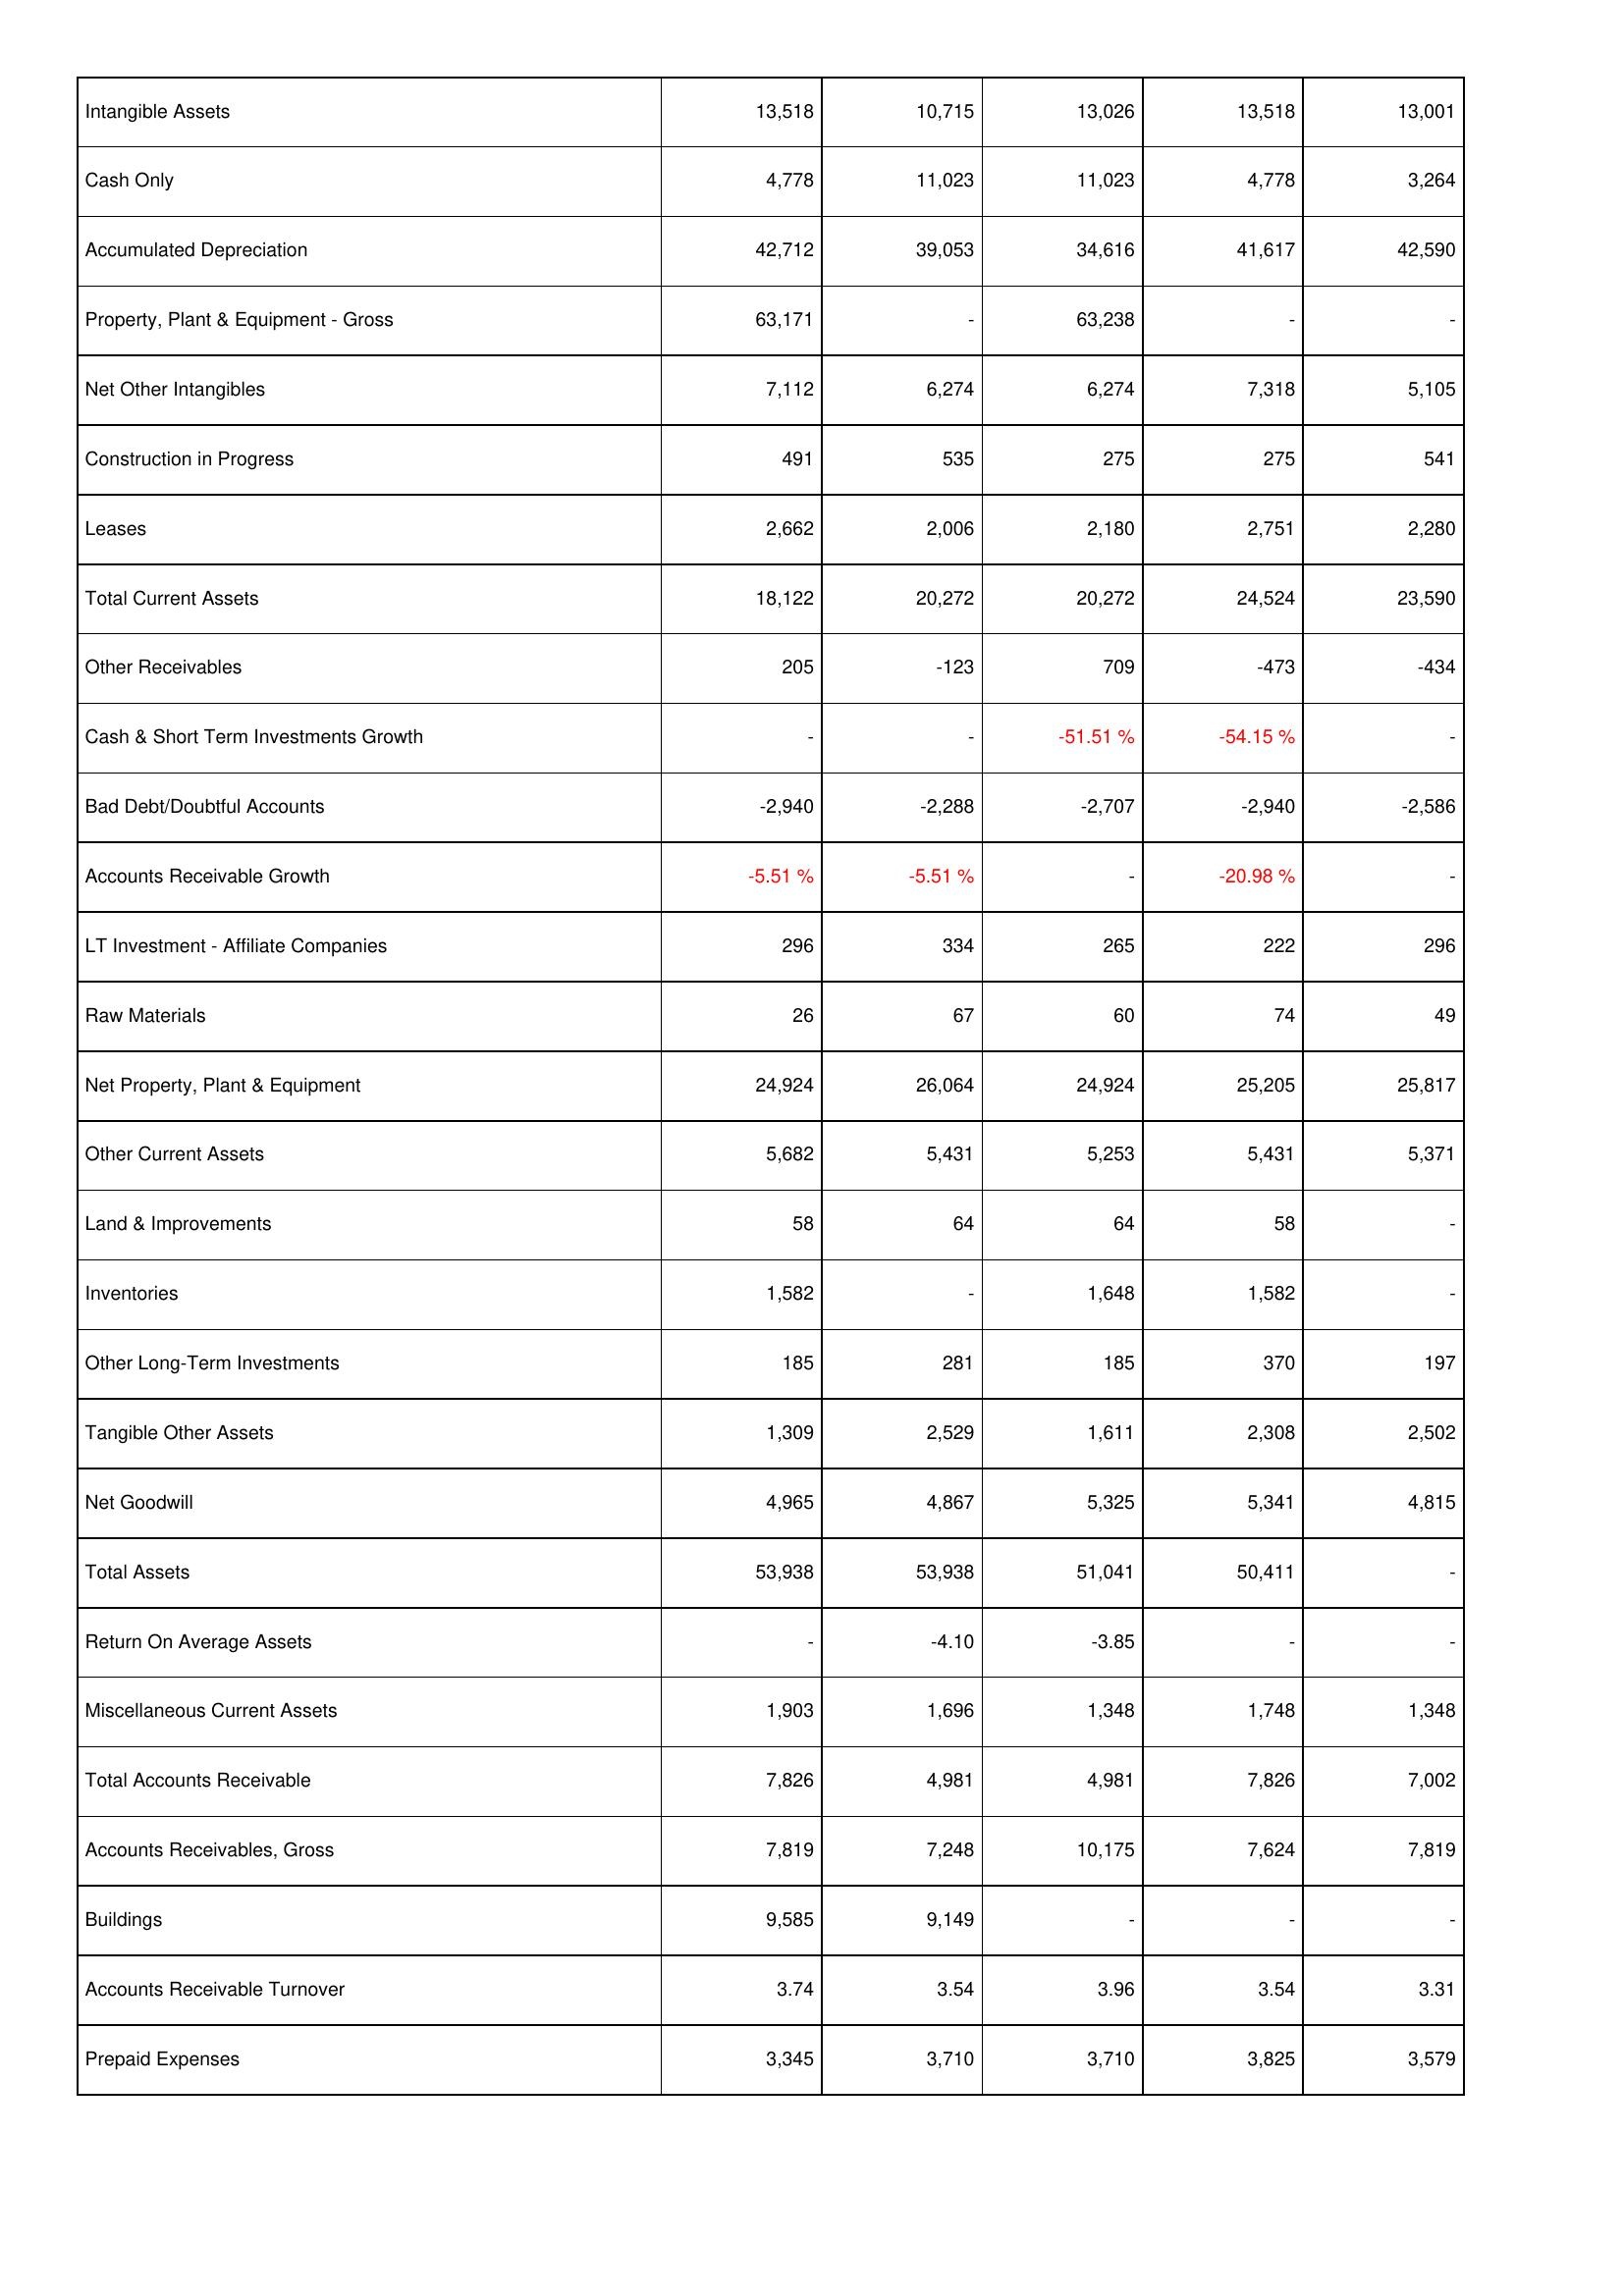
2010: Assets: Intangible Assets: 13,518
Cash Only: 4,778
Accumulated Depreciation: 42,712
Property, Plant & Equipment - Gross: 63,171
Net Other Intangibles: 7,112
Construction in Progress: 491
Leases: 2,662
Total Current Assets: 18,122
Other Receivables: 205
Cash & Short Term Investments Growth: -
Bad Debt/Doubtful Accounts: -2,940
Accounts Receivable Growth: -5.51 %
LT Investment - Affiliate Companies: 296
Raw Materials: 26
Net Property, Plant & Equipment: 24,924
Other Current Assets: 5,682
Land & Improvements: 58
Inventories: 1,582
Other Long-Term Investments: 185
Tangible Other Assets: 1,309
Net Goodwill: 4,965
Total Assets: 53,938
Return On Average Assets: -
Miscellaneous Current Assets: 1,903
Total Accounts Receivable: 7,826
Accounts Receivables, Gross: 7,819
Buildings: 9,585
Accounts Receivable Turnover: 3.74
Prepaid Expenses: 3,345
2011: Assets: Intangible Assets: 10,715
Cash Only: 11,023
Accumulated Depreciation: 39,053
Property, Plant & Equipment - Gross: -
Net Other Intangibles: 6,274
Construction in Progress: 535
Leases: 2,006
Total Current Assets: 20,272
Other Receivables: -123
Cash & Short Term Investments Growth: -
Bad Debt/Doubtful Accounts: -2,288
Accounts Receivable Growth: -5.51 %
LT Investment - Affiliate Companies: 334
Raw Materials: 67
Net Property, Plant & Equipment: 26,064
Other Current Assets: 5,431
Land & Improvements: 64
Inventories: -
Other Long-Term Investments: 281
Tangible Other Assets: 2,529
Net Goodwill: 4,867
Total Assets: 53,938
Return On Average Assets: -4.10
Miscellaneous Current Assets: 1,696
Total Accounts Receivable: 4,981
Accounts Receivables, Gross: 7,248
Buildings: 9,149
Accounts Receivable Turnover: 3.54
Prepaid Expenses: 3,710
2012: Assets: Intangible Assets: 13,026
Cash Only: 11,023
Accumulated Depreciation: 34,616
Property, Plant & Equipment - Gross: 63,238
Net Other Intangibles: 6,274
Construction in Progress: 275
Leases: 2,180
Total Current Assets: 20,272
Other Receivables: 709
Cash & Short Term Investments Growth: -51.51 %
Bad Debt/Doubtful Accounts: -2,707
Accounts Receivable Growth: -
LT Investment - Affiliate Companies: 265
Raw Materials: 60
Net Property, Plant & Equipment: 24,924
Other Current Assets: 5,253
Land & Improvements: 64
Inventories: 1,648
Other Long-Term Investments: 185
Tangible Other Assets: 1,611
Net Goodwill: 5,325
Total Assets: 51,041
Return On Average Assets: -3.85
Miscellaneous Current Assets: 1,348
Total Accounts Receivable: 4,981
Accounts Receivables, Gross: 10,175
Buildings: -
Accounts Receivable Turnover: 3.96
Prepaid Expenses: 3,710
2013: Assets: Intangible Assets: 13,518
Cash Only: 4,778
Accumulated Depreciation: 41,617
Property, Plant & Equipment - Gross: -
Net Other Intangibles: 7,318
Construction in Progress: 275
Leases: 2,751
Total Current Assets: 24,524
Other Receivables: -473
Cash & Short Term Investments Growth: -54.15 %
Bad Debt/Doubtful Accounts: -2,940
Accounts Receivable Growth: -20.98 %
LT Investment - Affiliate Companies: 222
Raw Materials: 74
Net Property, Plant & Equipment: 25,205
Other Current Assets: 5,431
Land & Improvements: 58
Inventories: 1,582
Other Long-Term Investments: 370
Tangible Other Assets: 2,308
Net Goodwill: 5,341
Total Assets: 50,411
Return On Average Assets: -
Miscellaneous Current Assets: 1,748
Total Accounts Receivable: 7,826
Accounts Receivables, Gross: 7,624
Buildings: -
Accounts Receivable Turnover: 3.54
Prepaid Expenses: 3,825
2014: Assets: Intangible Assets: 13,001
Cash Only: 3,264
Accumulated Depreciation: 42,590
Property, Plant & Equipment - Gross: -
Net Other Intangibles: 5,105
Construction in Progress: 541
Leases: 2,280
Total Current Assets: 23,590
Other Receivables: -434
Cash & Short Term Investments Growth: -
Bad Debt/Doubtful Accounts: -2,586
Accounts Receivable Growth: -
LT Investment - Affiliate Companies: 296
Raw Materials: 49
Net Property, Plant & Equipment: 25,817
Other Current Assets: 5,371
Land & Improvements: -
Inventories: -
Other Long-Term Investments: 197
Tangible Other Assets: 2,502
Net Goodwill: 4,815
Total Assets: -
Return On Average Assets: -
Miscellaneous Current Assets: 1,348
Total Accounts Receivable: 7,002
Accounts Receivables, Gross: 7,819
Buildings: -
Accounts Receivable Turnover: 3.31
Prepaid Expenses: 3,579